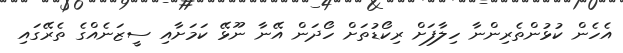
އެހެން ކުޅުންތެރިންނާ ހިލާފަށް ރިކޯޑުތަށް ހޯދަން އޭނާ ނޫޅޭ ކަމަށާއި ސީޒަނެއްގެ ތެރޭގައި